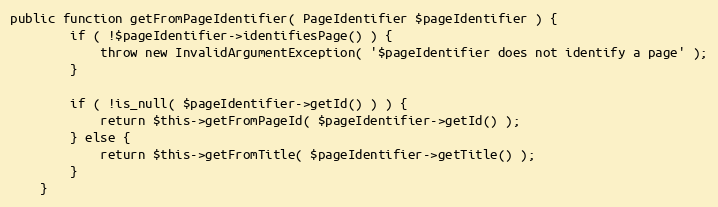
Language: PHP
public function getFromPageIdentifier( PageIdentifier $pageIdentifier ) {
		if ( !$pageIdentifier->identifiesPage() ) {
			throw new InvalidArgumentException( '$pageIdentifier does not identify a page' );
		}

		if ( !is_null( $pageIdentifier->getId() ) ) {
			return $this->getFromPageId( $pageIdentifier->getId() );
		} else {
			return $this->getFromTitle( $pageIdentifier->getTitle() );
		}
	}